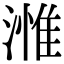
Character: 𣻰